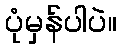
ပုံမှန်ပါပဲ။